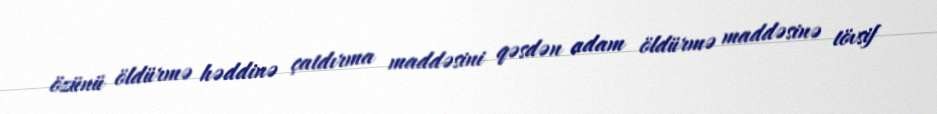
özünü öldürmə həddinə çatdırma maddəsini qəsdən adam öldürmə maddəsinə tövsif